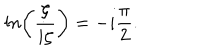
LaTeX: l n \biggl ( { \frac { \zeta } { i \zeta } } \biggr ) = - i { \frac { \pi } { 2 } } .